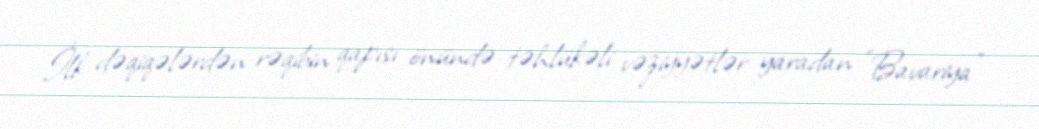
İlk dəqiqələrdən rəqibin qapısı önündə təhlükəli vəziyyətlər yaradan "Bavariya"